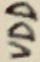
Text: VDD